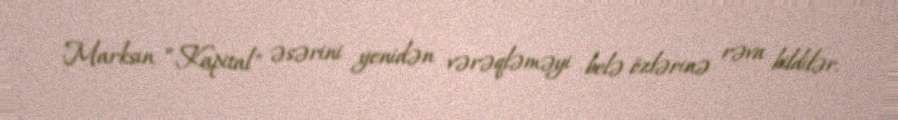
Marksın ”Kapital" əsərini yenidən vərəqləməyi belə özlərinə rəva bildilər.